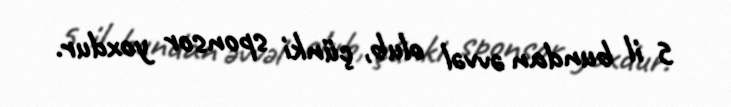
5 il bundan əvvəl olub, çünki sponsor yoxdur.